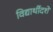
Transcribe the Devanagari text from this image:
विद्यार्थीदशे